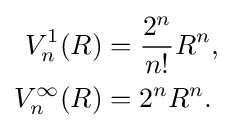
{\begin{aligned}V_{n}^{1}(R)&={\frac {2^{n}}{n!}}R^{n},\\V_{n}^{\infty }(R)&=2^{n}R^{n}.\end{aligned}}